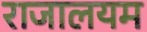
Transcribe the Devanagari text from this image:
राजालयम